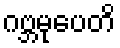
ဂဗ္ဘမုပေတိ